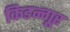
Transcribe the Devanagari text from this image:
किडन्गूर